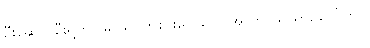
ဦးဆောင်ဦးရွက်ပြုမှု သင်ကစားလေလေ အာကာသယာဉ်ပေါ်တွင်